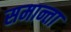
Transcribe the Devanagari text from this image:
समान्ता